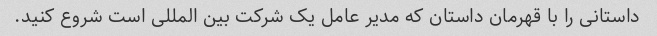
داستانی را با قهرمان داستان که مدیر عامل یک شرکت بین المللی است شروع کنید.